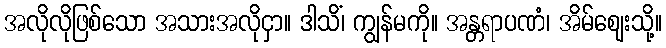
အလိုလိုဖြစ်သော အသားအလိုငှာ။ ဒါသိံ၊ ကျွန်မကို။ အန္တရာပဏံ၊ အိမ်ဈေးသို့။